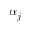
\alpha _ { j }